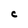
Character: c